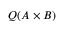
Q ( A \times B )